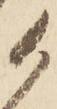
候